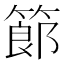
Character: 𥱳